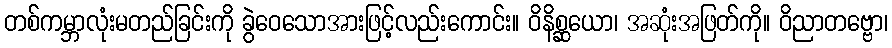
တစ်ကမ္ဘာလုံးမတည်ခြင်းကို ခွဲဝေသောအားဖြင့်လည်းကောင်း။ ဝိနိစ္ဆယော၊ အဆုံးအဖြတ်ကို။ ဝိညာတဗ္ဗော၊